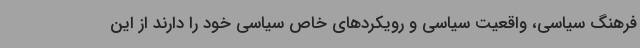
فرهنگ سیاسی، واقعیت سیاسی و رویکردهای خاص سیاسی خود را دارند از این